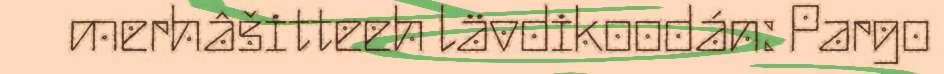
merhâšitteeh lävdikoodán: Pargo